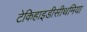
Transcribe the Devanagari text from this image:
टेकिहाइडीसीथमिया